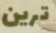
ترين